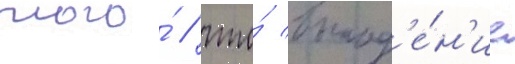
того́ / что́ выпад'е́н'ие